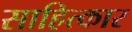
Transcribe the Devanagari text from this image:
साहित्कार